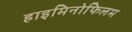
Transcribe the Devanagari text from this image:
हाइमिनोफिलम